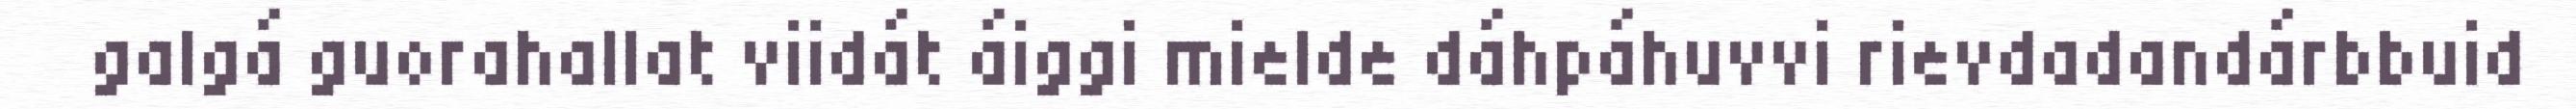
galgá guorahallat viidát áiggi mielde dáhpáhuvvi rievdadandárbbuid